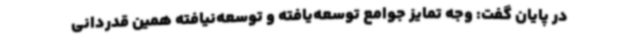
در پایان گفت: وجه تمایز جوامع توسعه‌یافته و توسعه‌نیافته همین قدردانی